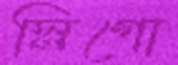
স্লিগো